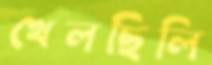
খেলছিলি